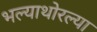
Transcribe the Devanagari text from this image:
भल्याथोरल्या